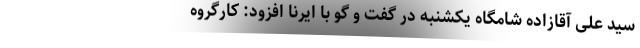
سید علی آقازاده شامگاه یکشنبه در گفت و گو با ایرنا افزود: کارگروه